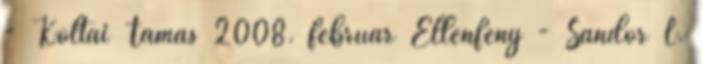
- Koltai Tamás 2008. február Ellenfény - Sándor L.